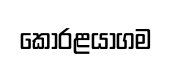
කෝරළයාගම